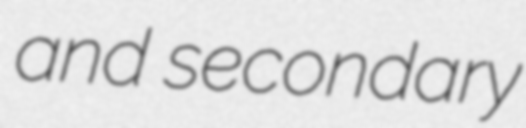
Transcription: and secondary